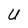
Character: U